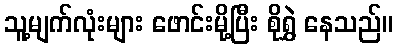
သူ့မျက်လုံးများ ဖောင်းမို့ပြီး စိုရွှဲ နေသည်။